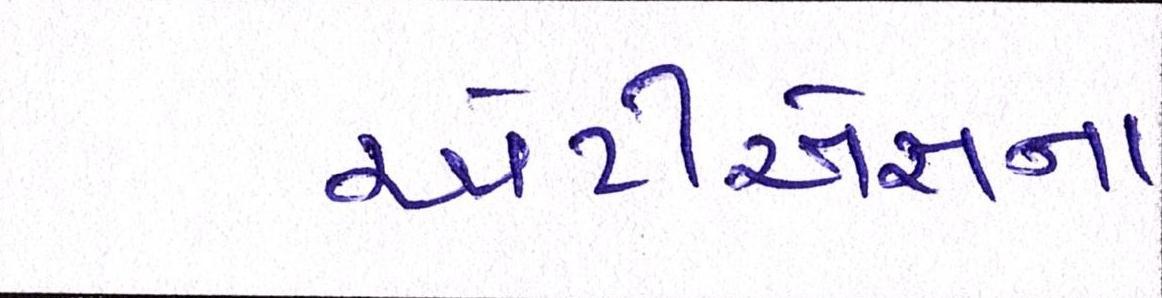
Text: એટીએસના